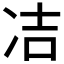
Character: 𭂋